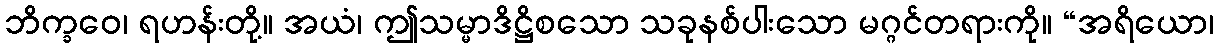
ဘိက္ခဝေ၊ ရဟန်းတို့။ အယံ၊ ဤသမ္မာဒိဋ္ဌိစသော သခုနစ်ပါးသော မဂ္ဂင်တရားကို။ “အရိယော၊